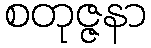
စတုဇ္ဇနာ